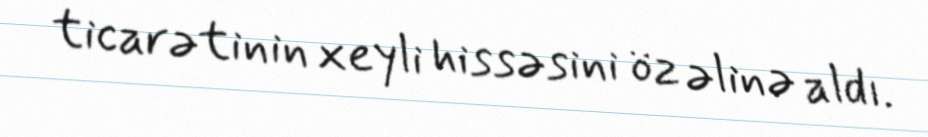
ticarətinin xeyli hissəsini öz əlinə aldı.